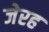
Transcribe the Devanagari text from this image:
जेरह